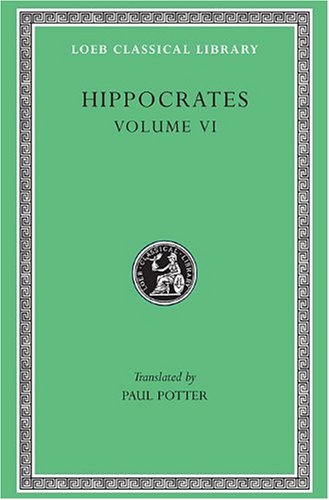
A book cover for Hippocrates Vol. VI (Loeb Classical Library); Hippocrates; Literature & Fiction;